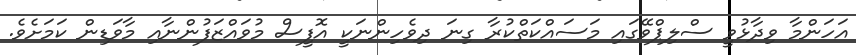
އަހަންމާ ވިދާޅުވީ ސްލިޕްވޭގައި މަސައްކަތްކުރާ ގިނަ ދިވެހިންނަކީ އޮފީސް މުވައްޒަފުންނާއި މާވަޑިން ކަމަށެވެ.